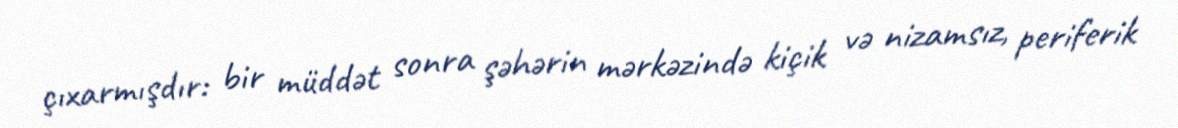
çıxarmışdır: bir müddət sonra şəhərin mərkəzində kiçik və nizamsız, periferik